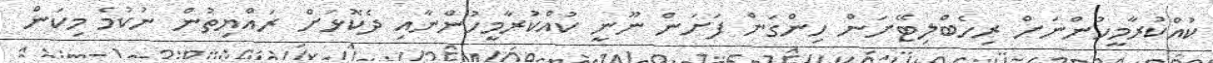
ކުއްކުރާމީހުންނަށް ރިހެބްލިޓޭށަން ހިންގަން ފަށަން ނޫނީ ކުއްކުރާމީހުންނާއި ދެކޮޅަށް ރައްޔިތުން ނުކުމެ މިކަން